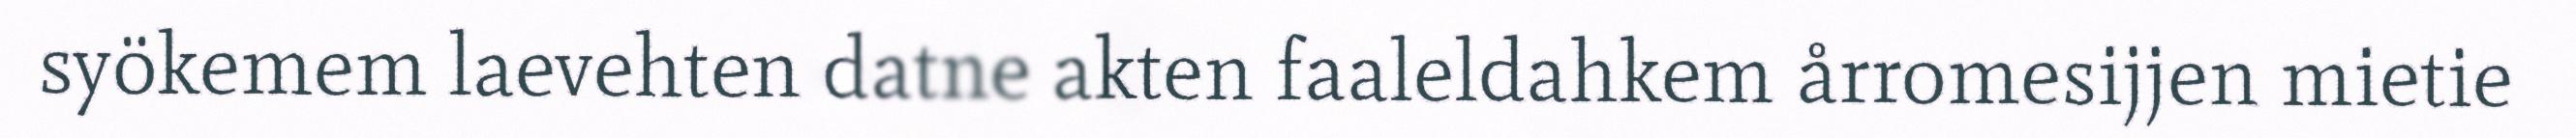
syökemem laevehten datne akten faaleldahkem årromesijjen mietie